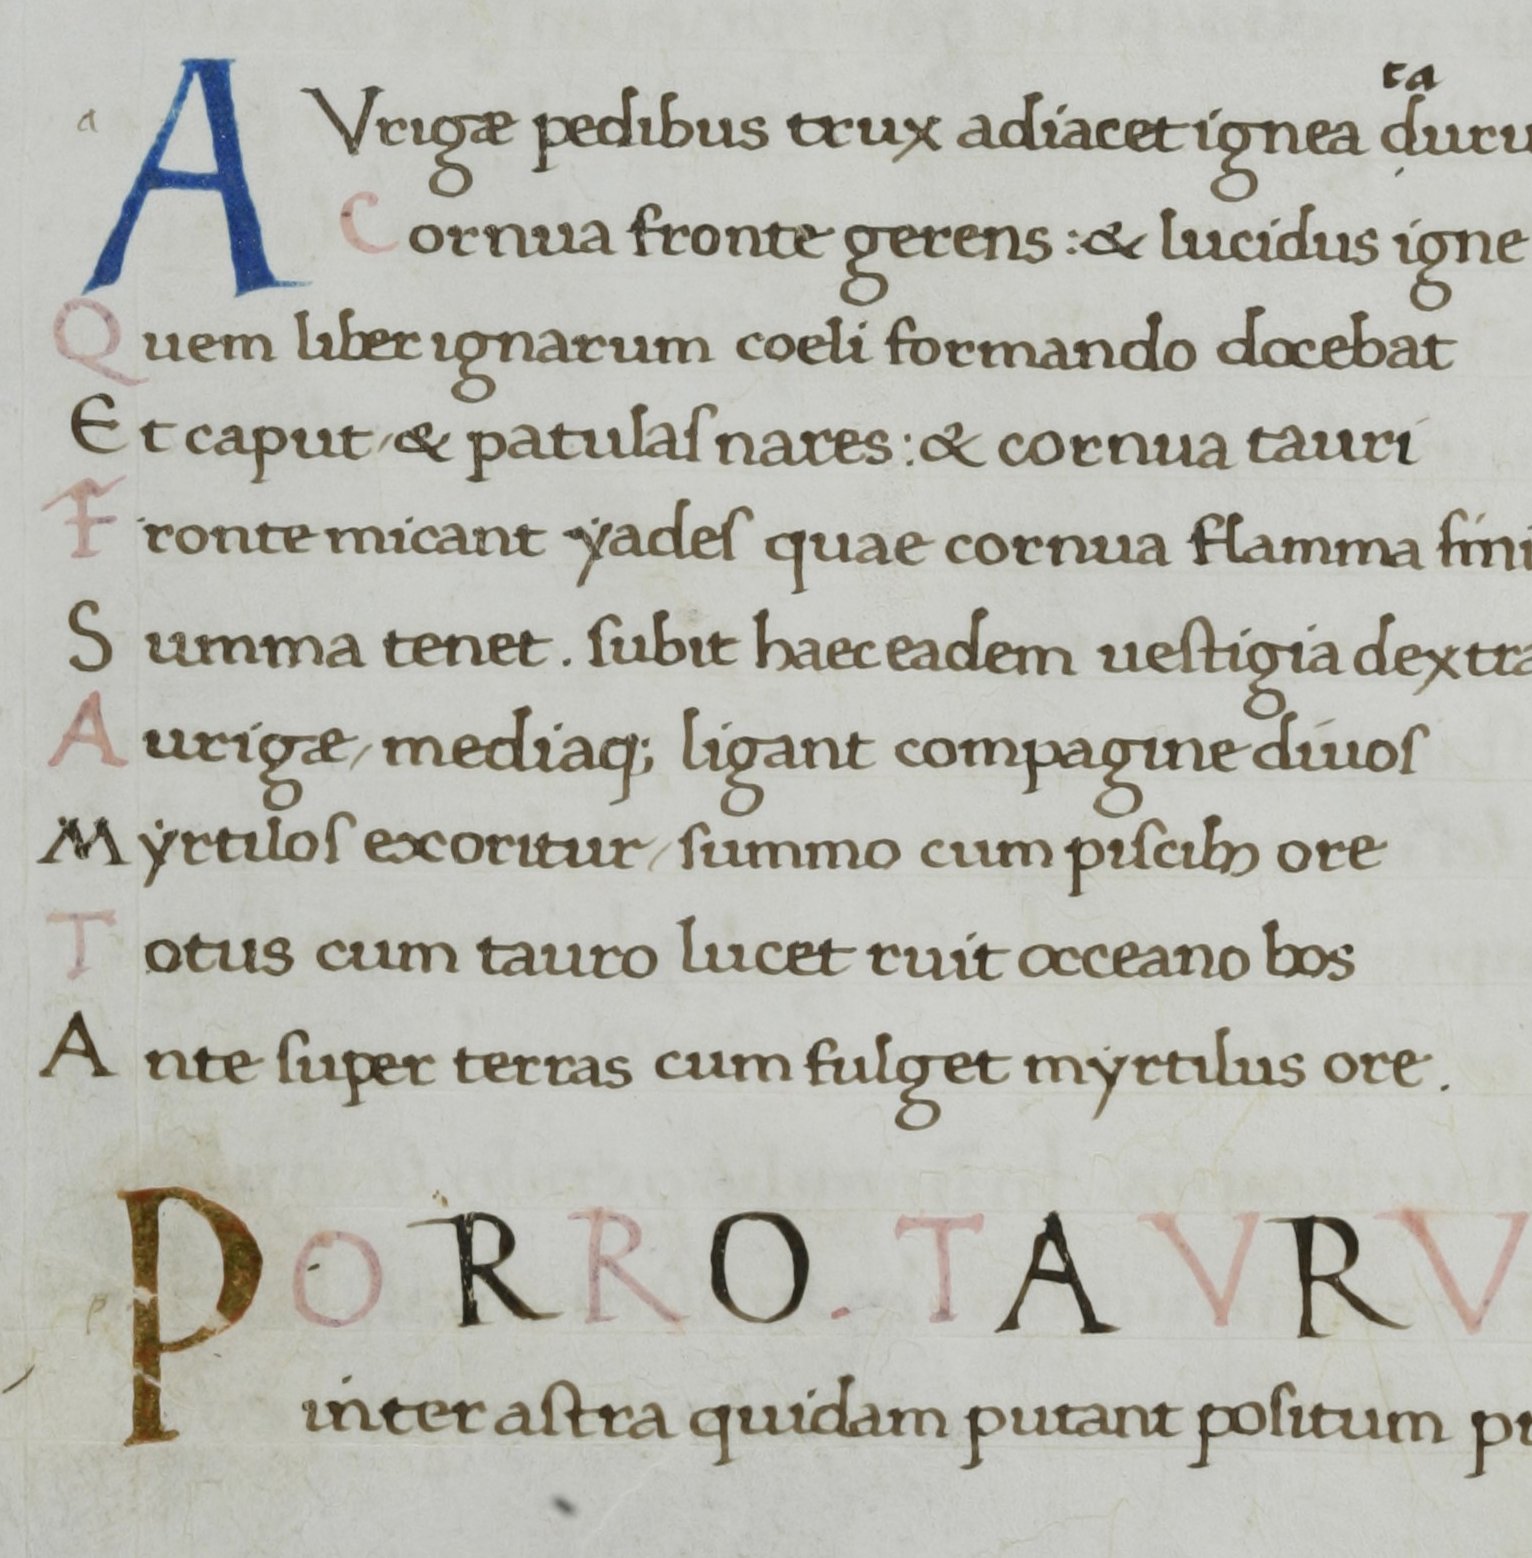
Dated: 1400–1499